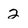
Character: 2